Indian journal of veterinary science and animal husbandry - Volume 5,
Year: 1935
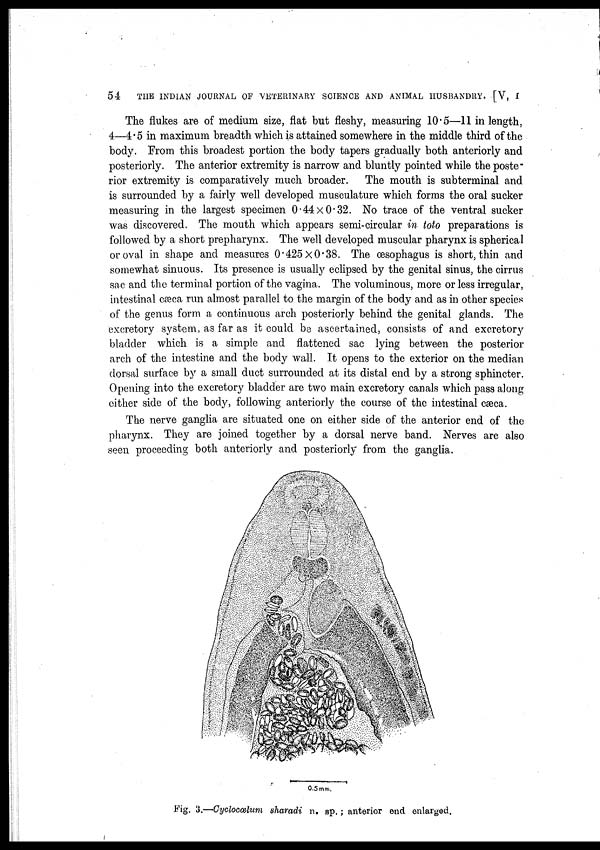
54
THE INDIAN JOURNAL OF VETERINARY SCIENCE AND ANIMAL HUSBANDRY. [V, I
The flukes are of medium size, flat but fleshy, measuring 10.5—11 in length,
4—4.5 in maximum breadth which is attained somewhere in the middle third of the
body. From this broadest portion the body tapers gradually both anteriorly and
posteriorly. The anterior extremity is narrow and bluntly pointed while the poste-
rior extremity is comparatively much broader.
The mouth is subterminal and
is surrounded by a fairly well developed musculature which forms the oral sucker
measuring in the largest specimen 0.44 × 0.32. No trace of the ventral sucker
was discovered. The mouth which appears semi-circular in toto preparations is
followed by a short prepharynx. The well developed muscular pharynx is spherical
or oval in shape and measures 0.425 × 0.38. The œsophagus is short, thin and
somewhat sinuous. Its presence is usually eclipsed by the genital sinus, the cirrus
sac and the terminal portion of the vagina. The voluminous, more or less irregular,
intestinal cæca run almost parallel to the margin of the body and as in other species
of the genus form a continuous arch posteriorly behind the genital glands. The
excretory system, as far as it could be ascertained, consists of and excretory
bladder which is a simple and flattened sac lying between the posterior
arch of the intestine and the body wall. It opens to the exterior on the median
dorsal surface by a small duct surrounded at its distal end by a strong sphincter.
Opening into the excretory bladder are two main excretory canals which pass along
either side of the body, following anteriorly the course of the intestinal cæca.
The nerve ganglia are situated one on either side of the anterior end of the
pharynx. They are joined together by a dorsal nerve band. Nerves are also
seen proceeding both anteriorly and posteriorly from the ganglia.
Fig. 3.—Cyclocœlum sharadi n. sp. ; anterior end enlarged.